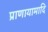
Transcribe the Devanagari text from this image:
प्राणायामादि